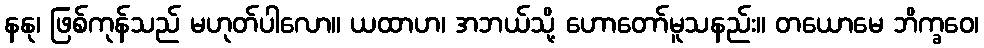
နနု၊ ဖြစ်ကုန်သည် မဟုတ်ပါလော။ ယထာဟ၊ အဘယ်သို့ ဟောတော်မူသနည်း။ တယောမေ ဘိက္ခဝေ၊